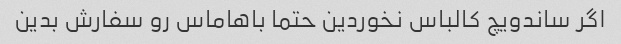
اگر ساندویچ کالباس نخوردین حتما باهاماس رو سفارش بدین